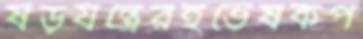
ষড়যন্ত্রেরইভৈষকপ